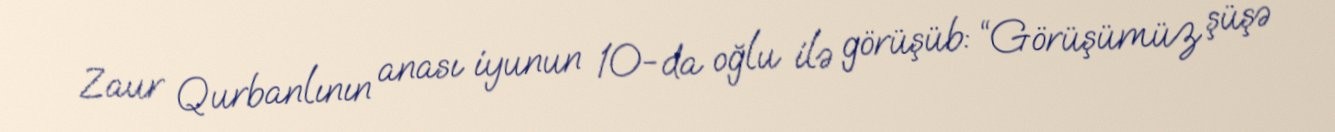
Zaur Qurbanlının anası iyunun 10-da oğlu ilə görüşüb: “Görüşümüz şüşə